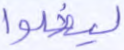
ليضلوا